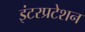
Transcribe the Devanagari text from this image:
इंटरप्रटेशन